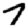
Digit: 7